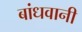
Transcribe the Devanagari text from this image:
बांधवानी